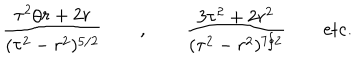
\frac { \tau ^ { 2 } / r + 2 r } { ( \tau ^ { 2 } - r ^ { 2 } ) ^ { 5 / 2 } } \qquad , \qquad \frac { 3 \tau ^ { 2 } + 2 r ^ { 2 } } { ( \tau ^ { 2 } - r ^ { 2 } ) ^ { 7 / 2 } } \qquad \mathrm { e t c . }